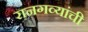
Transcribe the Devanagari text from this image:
रानगव्यांची